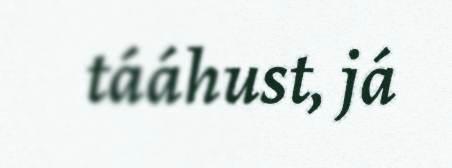
tááhust, já